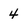
Character: 4